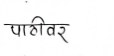
मजकूर: पाठीवर